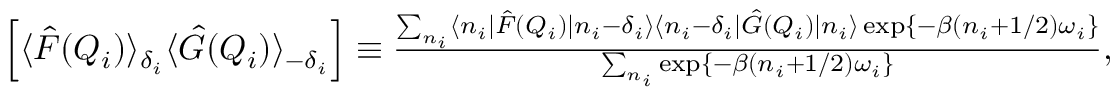
\begin{array} { r } { \Big [ \langle \hat { F } ( Q _ { i } ) \rangle _ { \delta _ { i } } \langle \hat { G } ( Q _ { i } ) \rangle _ { - \delta _ { i } } \Big ] \equiv \frac { \sum _ { n _ { i } } \langle n _ { i } | \hat { F } ( Q _ { i } ) | n _ { i } - \delta _ { i } \rangle \langle n _ { i } - \delta _ { i } | \hat { G } ( Q _ { i } ) | n _ { i } \rangle \exp \{ - \beta ( n _ { i } + 1 / 2 ) \omega _ { i } \} } { \sum _ { n _ { i } } \exp \{ - \beta ( n _ { i } + 1 / 2 ) \omega _ { i } \} } , } \end{array}